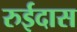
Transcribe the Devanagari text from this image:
रुईदास